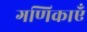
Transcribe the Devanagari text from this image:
गणिकाएँ